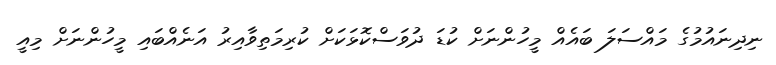
ނިދިނައުމުގެ މައްސަލަ ބައެއް މީހުންނަށް ކުޑަ ދުވަސްކޮޅަކަށް ކުރިމަތިވާއިރު އަނެއްބައި މީހުންނަށް މިއީ